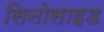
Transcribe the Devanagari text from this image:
सिनोसाइड